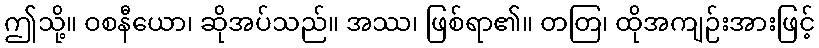
ဤသို့။ ဝစနီယော၊ ဆိုအပ်သည်။ အဿ၊ ဖြစ်ရာ၏။ တတြ၊ ထိုအကျဉ်းအားဖြင့်